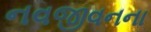
નવજીવનના